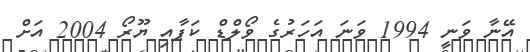
އޭނާ ވަނީ 1994 ވަނަ އަހަރުގެ ވޯލްޑް ކަޕާއި ޔޫރޯ 2004 އަށް